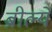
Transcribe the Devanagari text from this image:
ब्रीर्ल्ये